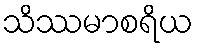
သိဿမာစရိယ